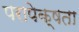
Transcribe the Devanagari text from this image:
परापेक्षता